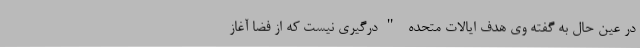
در عین حال به گفته وی هدف ایالات متحده "درگیری نیست که از فضا آغاز